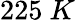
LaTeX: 225\ K